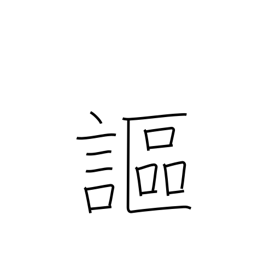
Meaning: declare